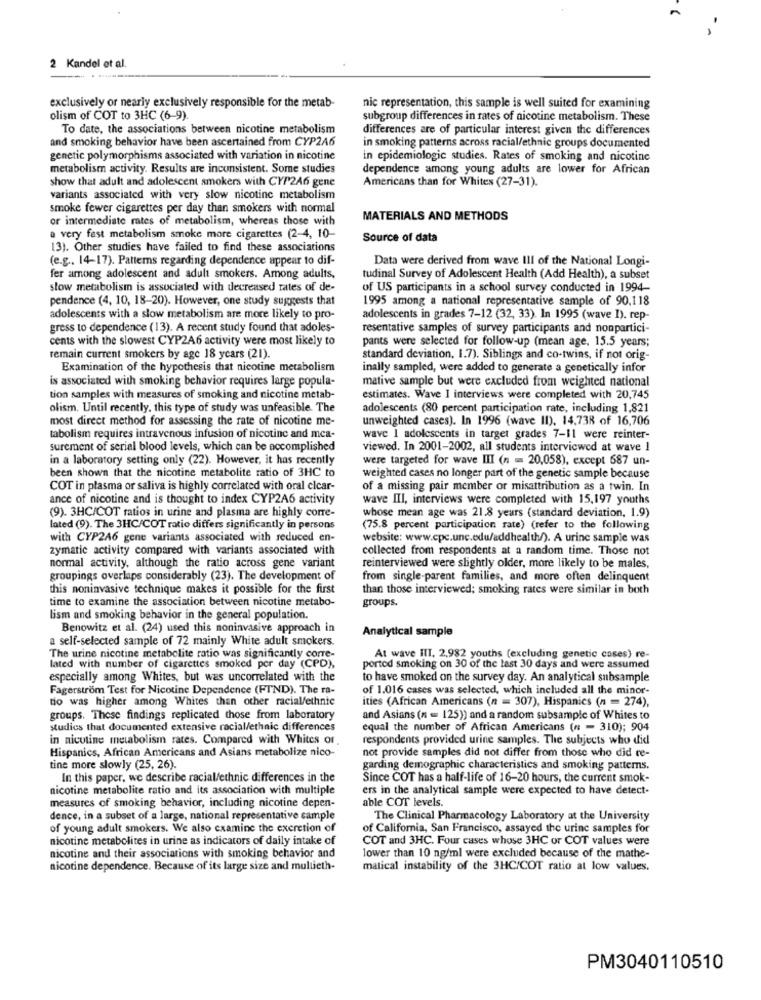
2 Kandel et al.
exclusively or nearly exclusively responsible for the metab-
nic representation, this sample is well suited for examining
olism of COT to 3HC (6-9)
subgroup differences in rates of nicotine metabolism. These
To date, the associations between nicotine metabolism
differences are of particular interest given the differences
and smoking behavior have been ascertained from CYP2A6
in smoking patterns across racial/ethnic groups documented
genetic polymorphisms associated with variation in nicotine
in epidemiologic studies. Rates of smoking and nicotine
metabolism activity. Results are inconsistent. Some studies
dependence among young adults are lower for African
show that adult and adolescent smokers with CYP2A6 gene
Americans than for Whites (27-31).
variants associated with very slow nicotine metabolism
smoke fewer cigarettes per day than smokers with normal
or intermediate rates of metabolism, whereas those with
MATERIALS AND METHODS
a very fast metabolism smoke more cigarettes (2-4, 10-
Source of data
13). Other studies have failed to find these associations
(e.g .. 14-17). Patterns regarding dependence appear to dif-
Data were derived from wave III of the National Longi-
fer among adolescent and adult smokers. Among adults,
tudinal Survey of Adolescent Health (Add Health), a subset
slow metabolism is associated with decreased rates of de-
of US participants in a school survey conducted in 1994-
pendence (4, 10, 18-20). However, one study suggests that
1995 among a national representative sample of 90,118
adolescents with a slow metabolism are more likely to pro-
adolescents in grades 7-12 (32, 33). In 1995 (wave I). rep
gress to dependence (13). A recent study found that adoles-
resentative samples of survey participants and nonpartici-
cents with the slowest CYP2A6 activity were most likely to
pants were selected for follow-up (mean age, 15.5 years;
remain current smokers by age 18 years (21).
standard deviation, 1.7). Siblings and co-twins, if not orig-
Examination of the hypothesis that nicotine metabolism
inally sampled, were added to generate a genetically infor
is associated with smoking behavior requires large popula-
mative sample but were excluded from weighted national
tion samples with measures of smoking and nicotine metab-
estimates. Wave 1 interviews were completed with 20,745
olism. Until recently, this type of study was unfeasible. The
adolescents (80 percent participation rate, including 1,821
most direct method for assessing the rate of nicotine me-
unweighted cases). In 1996 (wave II). 14.738 of 16,706
tabolism requires intravenous infusion of nicotine and mca-
wave I adolescents in target grades 7-11 were reinter-
surement of serial blood levels, which can be accomplished
viewed. In 2001-2002, all students interviewed at wave !
in a laboratory setting only (22). However, it has recently
were targeted for wave III (n = 20,058), except 687 un-
been shown that the nicotine metabolite ratio of 3HC to
weighted cases no longer part of the genetic sample because
COT in plasma or saliva is highly correlated with oral clear-
of a missing pair member or misattribution as a twin. In
ance of nicotine and is thought to index CYP2A6 activity
wave III, interviews were completed with 15,197 youths
whose mean age was 21.8 years (standard deviation, 1.9)
(9). 3HC/COT ratios in urine and plasma are highly corre-
lated (9). The 3HC/COT ratio differs significantly in persons
(75.8 percent participation rate) (refer to the following
with CYP246 gene variants associated with reduced en-
website: www.cpc.unc.edu/addhealth/). A urine sample was
zymatic activity compared with variants associated with
collected from respondents at a random time. Those not
normal activity, although the ratio across gene variant
reinterviewed were slightly older, more likely to be males,
groupings overlaps considerably (23). The development of
from single-parent families, and more often delinquent
this noninvasive technique makes it possible for the first
than those interviewed; smoking rates were similar in both
time to examine the association between nicotine metabo-
groups.
lism and smoking behavior in the general population.
Benowitz et al. (24) used this noninvasive approach in
Analytical sample
a self-selected sample of 72 mainly White adult smokers.
The urine nicotine metabolite ratio was significantly corre-
At wave III, 2,982 youths (excluding genetic cases) re-
lated with number of cigarettes smoked per day (CPD),
ported smoking on 30 of the last 30 days and were assumed
especially among Whites, but was uncorrelated with the
to have smoked on the survey day. An analytical subsample
Fagerström Test for Nicotine Dependence (FTND). The ra-
of 1.016 cases was selected, which included all the minor-
tio was higher among Whites than other racial/ethnic
ities (African Americans (n = 307), Hispanics (n = 274),
groups. These findings replicated those from laboratory
and Asians (n = 125)) and a random subsample of Whites to
studies that documented extensive racial/ethnic differences
equal the number of African Americans (n = 310); 904
in nicotine metabolism rates. Compared with Whites or
respondents provided urine samples. The subjects who did
Hispanics, African Americans and Asians metabolize nico-
not provide samples did not differ from those who did re-
tine more slowly (25, 26).
garding demographic characteristics and smoking patterns.
In this paper, we describe racial/ethnic differences in the
Since COT has a half-life of 16-20 hours, the current smok-
nicotine metabolite ratio and its association with multiple
ers in the analytical sample were expected to have detect-
able COT levels.
measures of smoking behavior, including nicotine depen-
dence, in a subset of a large, national representative sample
The Clinical Pharmacology Laboratory at the University
of young adult smokers. We also examine the excretion of
of California, San Francisco, assayed the urine samples for
nicotine metabolites in urine as indicators of daily intake of
COT and 3HC. Four cases whose 3HC or COT values were
nicotine and their associations with smoking behavior and
lower than 10 ng/ml were excluded because of the mathe-
nicotine dependence. Because of its large size and multieth-
matical instability of the 3HC/COT ratio at low values.
PM3040110510